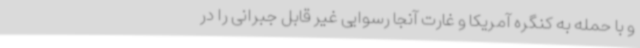
و با حمله به کنگره آمریکا و غارت آنجا رسوایی غیر قابل جبرانی را در